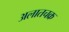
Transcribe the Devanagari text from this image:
अलातचक्र